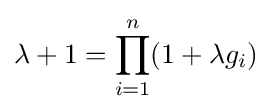
\lambda +1=\prod _{i=1}^{n}(1+\lambda g_{i})